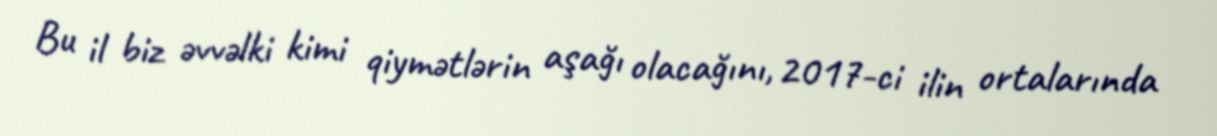
Bu il biz əvvəlki kimi qiymətlərin aşağı olacağını, 2017-ci ilin ortalarında